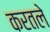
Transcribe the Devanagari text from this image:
करतले